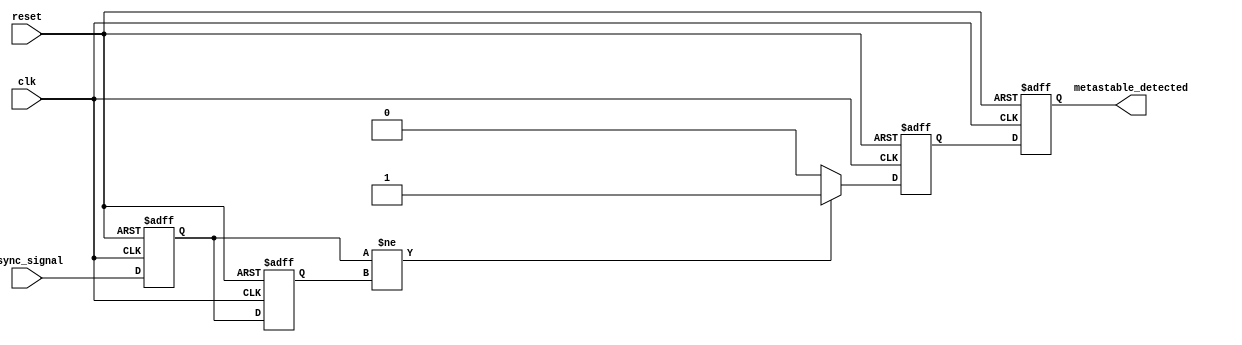
module metastability_detector (
    input wire clk,            // Clock signal
    input wire async_signal,   // Asynchronous input signal
    input wire reset,          // Reset signal
    output reg metastable_detected // Output indicator for metastability
);

    // Internal signals
    reg ff1, ff2;             // Flip-flops to sample the asynchronous signal
    reg pulse;                // Pulse signal to indicate metastability

    // Flip-flops to sample the asynchronous signal
    always @(posedge clk or posedge reset) begin
        if (reset) begin
            ff1 <= 1'b0;
            ff2 <= 1'b0;
        end else begin
            ff1 <= async_signal; // Sample the asynchronous signal
            ff2 <= ff1;          // Sample the output of the first flip-flop
        end
    end

    // Pulse generation logic
    always @(posedge clk or posedge reset) begin
        if (reset) begin
            pulse <= 1'b0;
            metastable_detected <= 1'b0;
        end else begin
            // Generate pulse if ff1 and ff2 are different
            if (ff1 != ff2) begin
                pulse <= 1'b1; // Indicate potential metastability
            end else begin
                pulse <= 1'b0; // Clear pulse if states are the same
            end
            
            // Set metastable_detected output based on pulse
            metastable_detected <= pulse;
        end
    end

endmodule